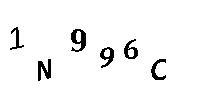
1N996C